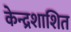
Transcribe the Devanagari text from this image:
केन्द्रशाशित